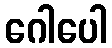
ဂေါပေါ